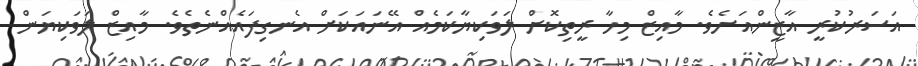
އަސަރުކުރީ އާޒީންއަށެވެ. މާއިޒް މިހާ ރީތިކޮށް ލަވަކިޔާކަމެއް އޭނައަކަށް އެނގިފައެއްނެތެވެ. މާއިޒް ލަވަކިޔަން